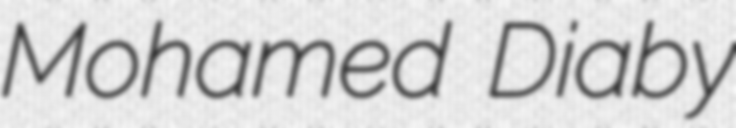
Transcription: Mohamed Diaby